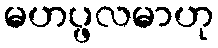
မဟပ္ဖလမာဟု